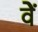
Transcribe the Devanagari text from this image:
वेें